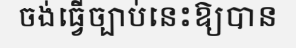
ចង់ធ្វើច្បាប់នេះឱ្យបាន